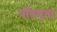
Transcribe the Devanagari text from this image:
पतिवृता